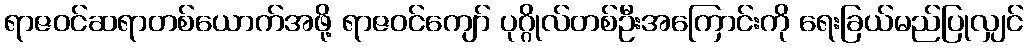
ရာဇဝင်ဆရာတစ်ယောက်အဖို့ ရာဇဝင်ကျော် ပုဂ္ဂိုလ်တစ်ဦးအကြောင်းကို ရေးခြယ်မည်ပြုလျှင်